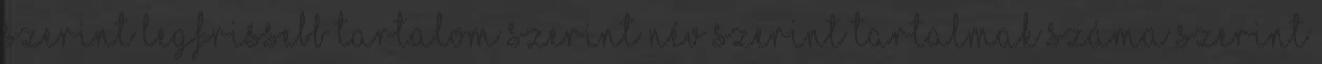
szerint Legfrissebb tartalom szerint Név szerint Tartalmak száma szerint